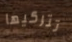
تتركيها